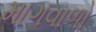
માગવાળો